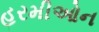
હરમીઓન